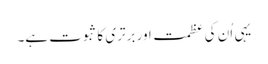
یہی اُن کی عظمت اور برتری کا ثبوت ہے۔